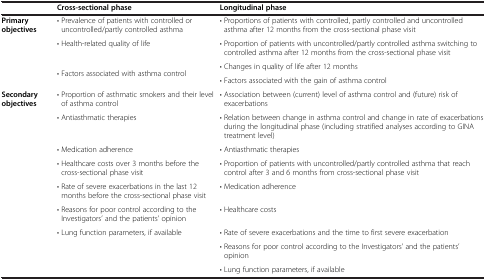
<table><thead><tr><td><b> </b></td><td><b>Cross-sectional phase</b></td><td><b>Longitudinal phase</b></td></tr></thead><tbody><tr><td rowspan="4"><b>Primary objectives</b></td><td>• Prevalence of patients with controlled or uncontrolled/partly controlled asthma</td><td>• Proportions of patients with controlled, partly controlled and uncontrolled asthma after 12 months from the cross-sectional phase visit</td></tr><tr><td>• Health-related quality of life</td><td>• Proportion of patients with uncontrolled/partly controlled asthma switching to controlled asthma after 12 months from the cross-sectional phase visit</td></tr><tr><td rowspan="2">• Factors associated with asthma control</td><td>• Changes in quality of life after 12 months</td></tr><tr><td>• Factors associated with the gain of asthma control</td></tr><tr><td rowspan="8"><b>Secondary objectives</b></td><td>• Proportion of asthmatic smokers and their level of asthma control</td><td>• Association between (current) level of asthma control and (future) risk of exacerbations</td></tr><tr><td>• Antiasthmatic therapies</td><td>• Relation between change in asthma control and change in rate of exacerbations during the longitudinal phase (including stratified analyses according to GINA treatment level)</td></tr><tr><td>• Medication adherence</td><td>• Antiasthmatic therapies</td></tr><tr><td>• Healthcare costs over 3 months before the cross-sectional phase visit</td><td>• Proportion of patients with uncontrolled/partly controlled asthma that reach control after 3 and 6 months from cross-sectional phase visit</td></tr><tr><td>• Rate of severe exacerbations in the last 12 months before the cross-sectional phase visit</td><td>• Medication adherence</td></tr><tr><td>• Reasons for poor control according to the Investigators’ and the patients’ opinion</td><td>• Healthcare costs</td></tr><tr><td rowspan="2">• Lung function parameters, if available</td><td>• Rate of severe exacerbations and the time to first severe exacerbation</td></tr><tr><td>• Reasons for poor control according to the Investigators’ and the patients’ opinion</td></tr><tr><td> </td><td> </td><td>• Lung function parameters, if available</td></tr></tbody></table>